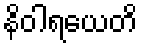
နိဝါရယေတိ